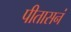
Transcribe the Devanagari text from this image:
पीतासनं